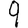
Digit: 9